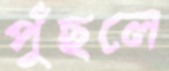
পুঁছলে